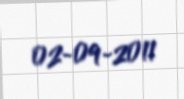
02-09-2011